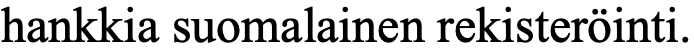
hankkia suomalainen rekisteröinti.